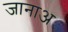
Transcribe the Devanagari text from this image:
जानाअ